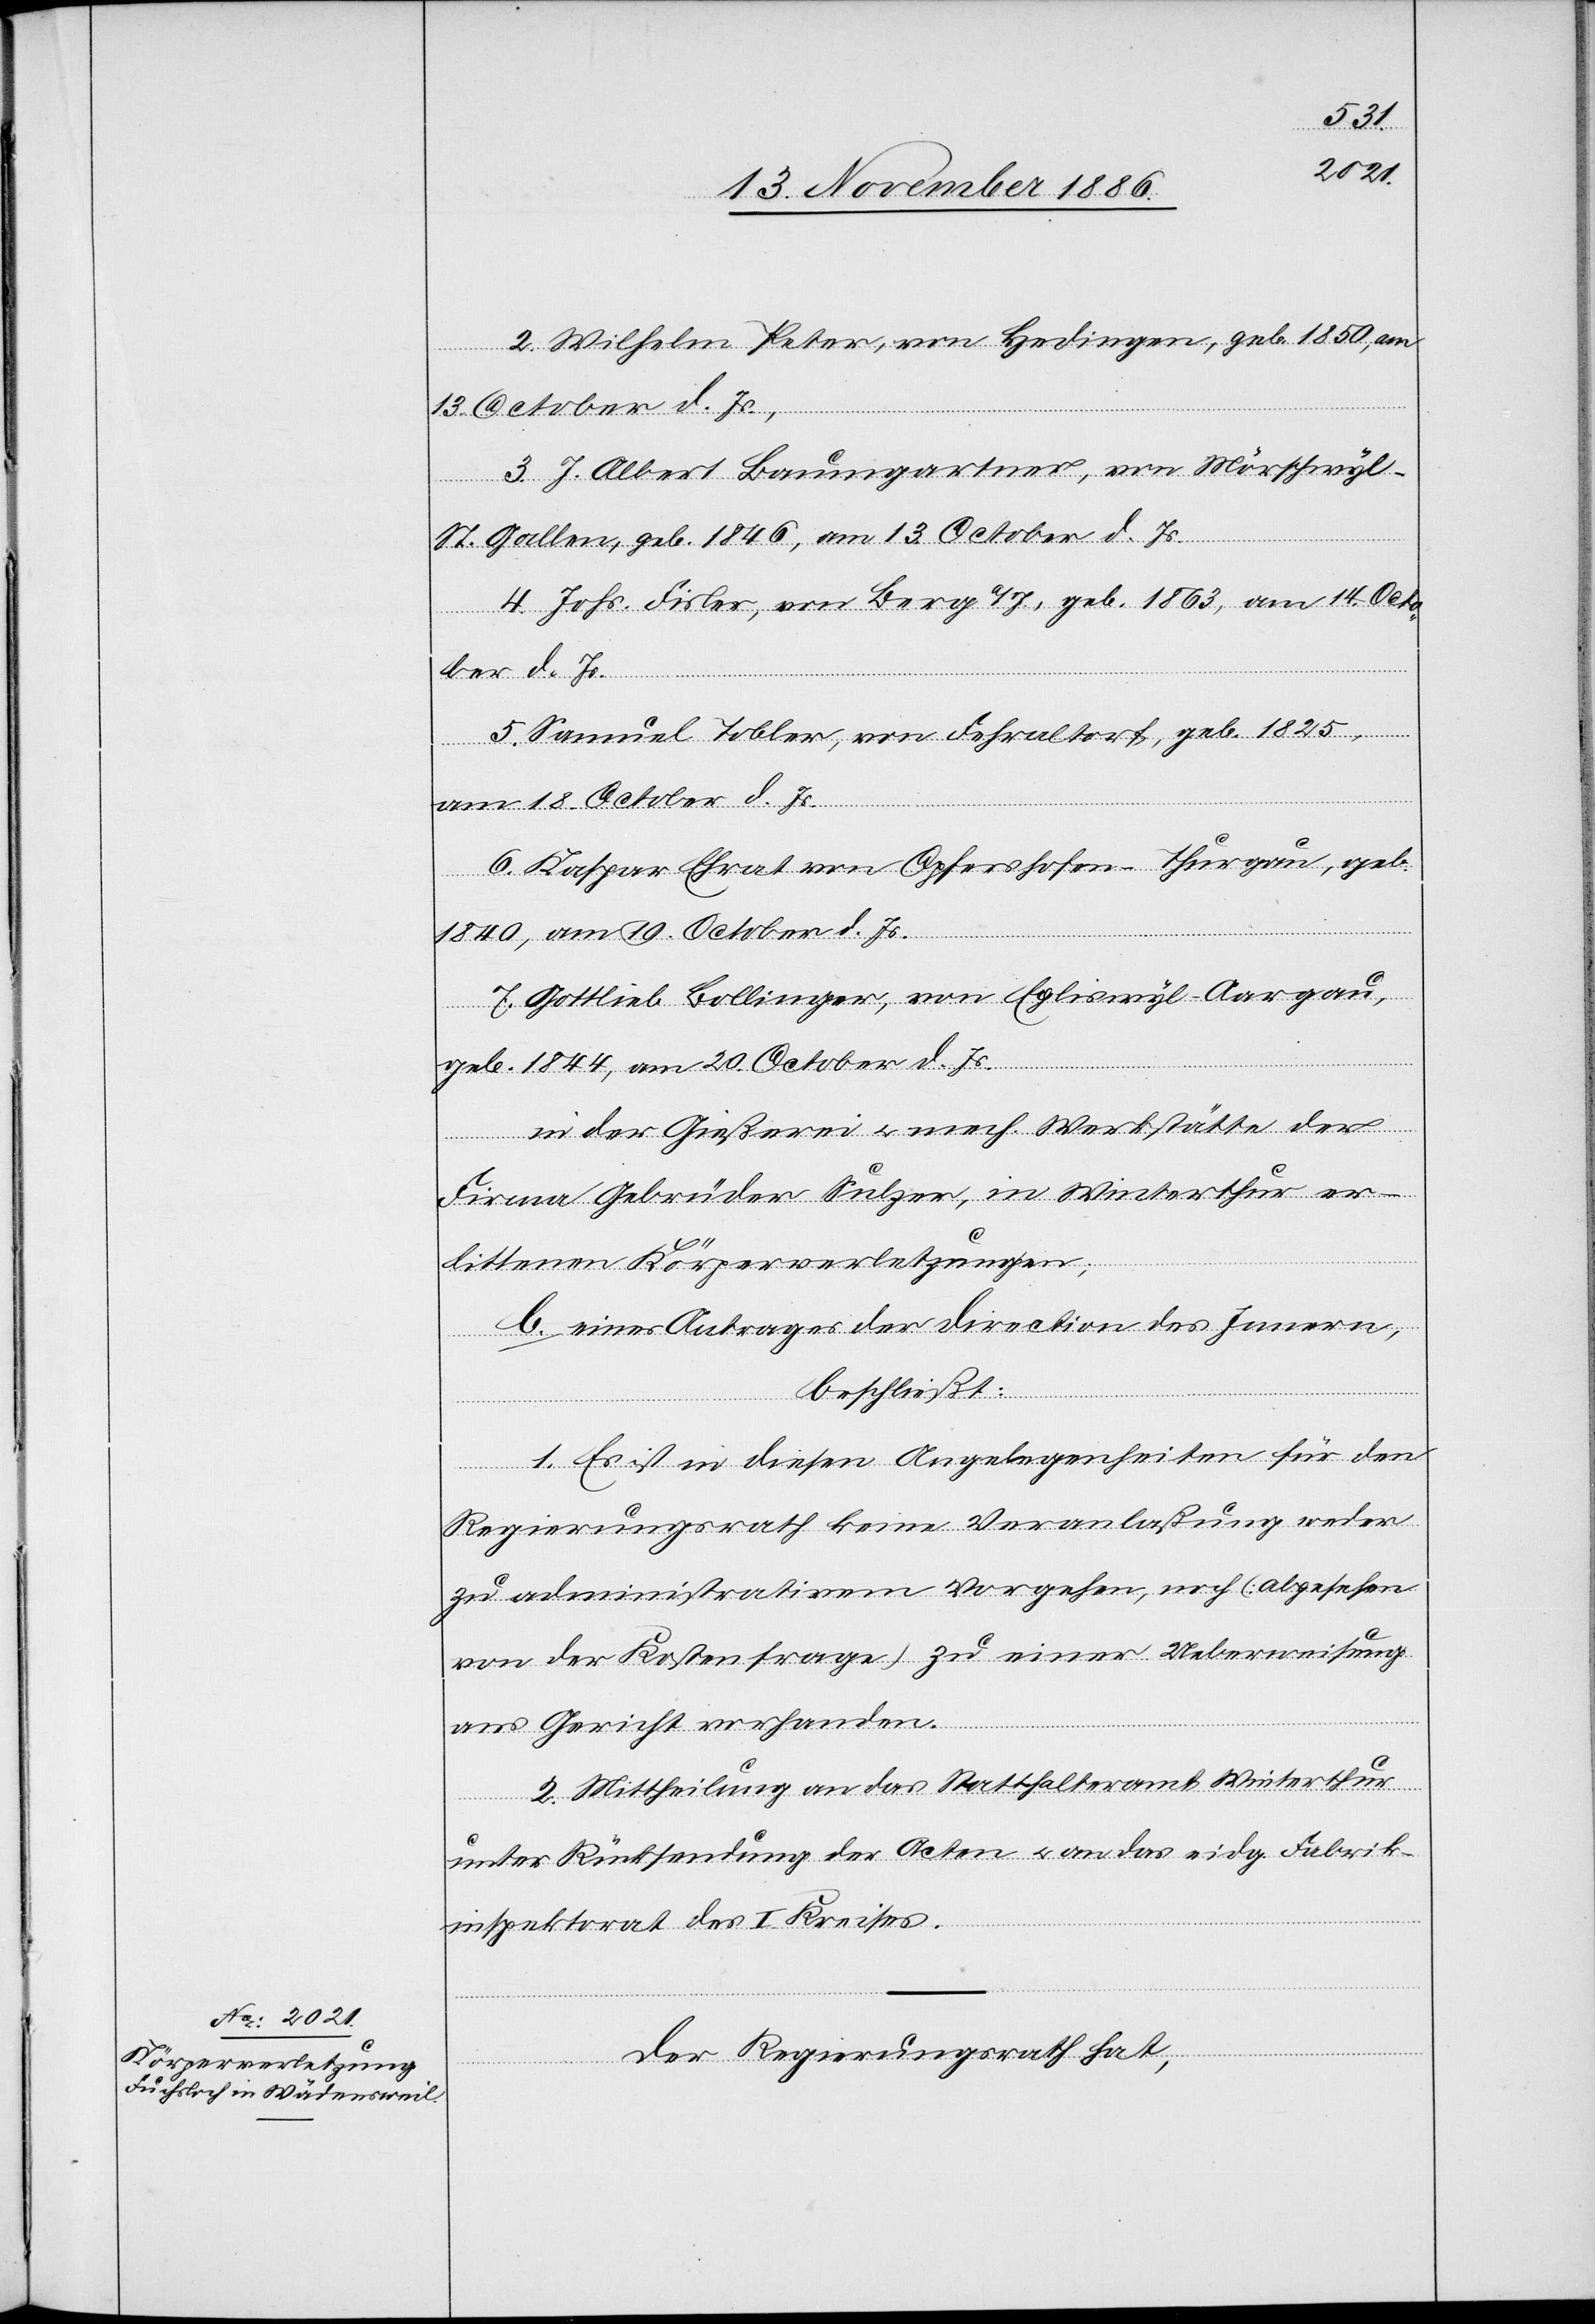
2. Wilhelm Peter, von Hedingen, geb. 1850, am
13. October d. Js.,
3. J. Albert Baumgartner, von Mörschwyl -
St. Gallen, geb. 1846, am 13. October d. Js.
4. Johs. Fisler, von Berg a/I., geb. 1863, am 14. Octo¬
ber d. Js.
5. Samuel Tobler, von Fehraltorf, geb. 1825,
am 18. October d. Js.
6. Kaspar Ehrat von Opfershofen - Thurgau, geb.
1840, am 19. October d. Js.
7. Gottlieb Bollinger, von Egliswyl - Aargau,
geb. 1844, am 20. October d. Js.
in der Gießerei & mech. Werkstätte der
Firma Gebrüder Sulzer, in Winterthur er¬
littenen Körperverletzungen;
b. eines Antrages der Direction des Innern,
beschließt:
1. Es ist in diesen Angelegenheiten für den
Regierungsrath keine Veranlaßung weder
zu administrativem Vorgehen, noch (abgesehen
von der Kostenfrage) zu einer Ueberweisung
ans Gericht vorhanden.
2. Mittheilung an das Statthalteramt Winterthur
unter Rücksendung der Acten & an das eidg. Fabrik¬
inspektorat des I. Kreises.
Der Regierungsrath hat,